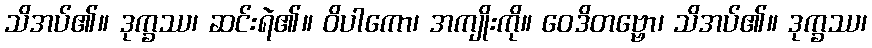
သိအပ်၏။ ဒုက္ခဿ၊ ဆင်းရဲ၏။ ဝိပါကော၊ အကျိုးကို။ ဝေဒိတဗ္ဗော၊ သိအပ်၏။ ဒုက္ခဿ၊